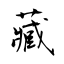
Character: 藏